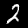
Digit: 2